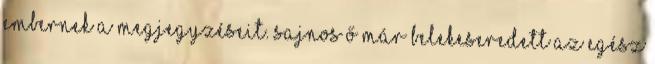
embernek a megjegyzéseit. Sajnos ő már belekeseredett az egész